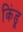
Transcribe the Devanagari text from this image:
किंडू